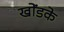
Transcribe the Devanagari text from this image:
खोंडके